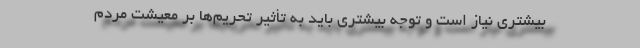
بیشتری نیاز است و توجه بیشتری باید به تأثیر تحریم‌ها بر معیشت مردم